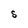
Character: S